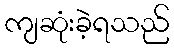
ကျဆုံးခဲ့ရသည်